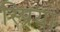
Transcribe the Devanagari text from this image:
स्प्रिया